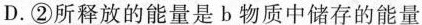
D.②所释放的能量是b物质中储存的能量